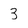
Character: 3